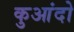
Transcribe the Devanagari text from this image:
कुआंदो